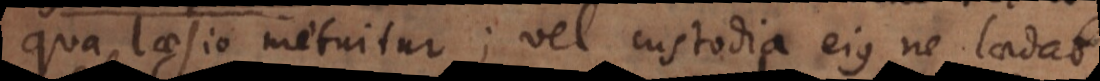
ua laesio metuitur; vel custodia ejus, ne laedat,